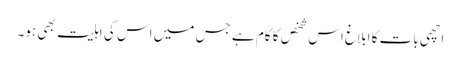
اچھی بات کا ابلاغ اس شخص کا کام ہے جس میں اس کی اہلیت بھی ہو۔